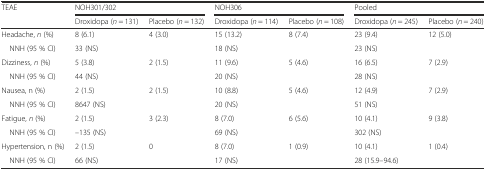
<table><thead><tr><td rowspan="2"><b>TEAE</b></td><td colspan="2"><b>NOH301/302</b></td><td colspan="2"><b>NOH306</b></td><td colspan="2"><b>Pooled</b></td></tr><tr><td><b>Droxidopa (<i>n</i> = 131)</b></td><td><b>Placebo (<i>n</i> = 132)</b></td><td><b>Droxidopa (<i>n</i> = 114)</b></td><td><b>Placebo (<i>n</i> = 108)</b></td><td><b>Droxidopa (<i>n</i> = 245)</b></td><td><b>Placebo (<i>n</i> = 240)</b></td></tr></thead><tbody><tr><td>Headache, <i>n</i> (%)</td><td>8 (6.1)</td><td>4 (3.0)</td><td>15 (13.2)</td><td>8 (7.4)</td><td>23 (9.4)</td><td>12 (5.0)</td></tr><tr><td> NNH (95 % CI)</td><td>33 (NS)</td><td></td><td>18 (NS)</td><td></td><td>23 (NS)</td><td></td></tr><tr><td>Dizziness, <i>n</i> (%)</td><td>5 (3.8)</td><td>2 (1.5)</td><td>11 (9.6)</td><td>5 (4.6)</td><td>16 (6.5)</td><td>7 (2.9)</td></tr><tr><td> NNH (95 % CI)</td><td>44 (NS)</td><td></td><td>20 (NS)</td><td></td><td>28 (NS)</td><td></td></tr><tr><td>Nausea, n (%)</td><td>2 (1.5)</td><td>2 (1.5)</td><td>10 (8.8)</td><td>5 (4.6)</td><td>12 (4.9)</td><td>7 (2.9)</td></tr><tr><td> NNH (95 % CI)</td><td>8647 (NS)</td><td></td><td>20 (NS)</td><td></td><td>51 (NS)</td><td></td></tr><tr><td>Fatigue, <i>n</i> (%)</td><td>2 (1.5)</td><td>3 (2.3)</td><td>8 (7.0)</td><td>6 (5.6)</td><td>10 (4.1)</td><td>9 (3.8)</td></tr><tr><td> NNH (95 % CI)</td><td>–135 (NS)</td><td></td><td>69 (NS)</td><td></td><td>302 (NS)</td><td></td></tr><tr><td>Hypertension, n (%)</td><td>2 (1.5)</td><td>0</td><td>8 (7.0)</td><td>1 (0.9)</td><td>10 (4.1)</td><td>1 (0.4)</td></tr><tr><td> NNH (95 % CI)</td><td>66 (NS)</td><td></td><td>17 (NS)</td><td></td><td>28 (15.9–94.6)</td><td></td></tr></tbody></table>